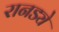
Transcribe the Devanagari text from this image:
रानड्ये